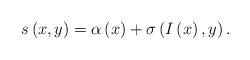
LaTeX: \begin{align*}s\left( x,y\right) =\alpha \left( x \right) +\sigma\left( I\left( x\right) ,y\right).\end{align*}